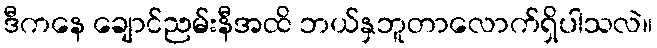
ဒီကနေ ချောင်ညမ်းနီအထိ ဘယ်နှဘူတာလောက်ရှိပါသလဲ။